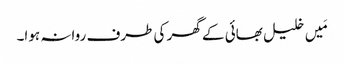
مَیں خلیل بھائی کے گھر کی طرف روانہ ہوا۔